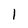
Character: 1